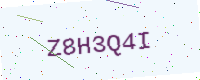
Text: Z8H3Q4I